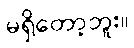
မရှိတော့ဘူး။